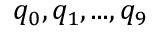
q _ { 0 } , q _ { 1 } , . . . , q _ { 9 }